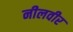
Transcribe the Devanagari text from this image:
नीलवीर